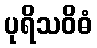
ပုရိသဝိဓံ